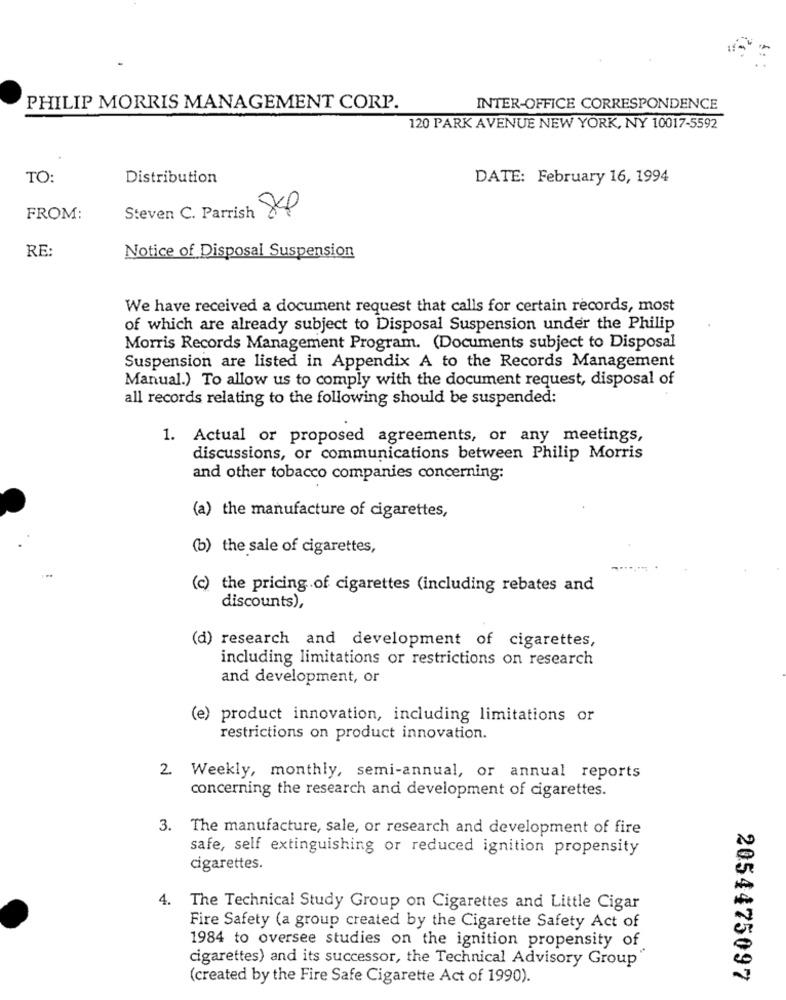
PHILIP MORRIS MANAGEMENT CORP.
INTER-OFFICE CORRESPONDENCE
120 PARK AVENUE NEW YORK, NY 10017-5592
TO:
Distribution
DATE: February 16, 1994
FROM:
Steven C. Parrish SKP
RE:
Notice of Disposal Suspension
We have received a document request that calls for certain records, most
of which are already subject to Disposal Suspension under the Philip
Morris Records Management Program. (Documents subject to Disposal
Suspension are listed in Appendix A to the Records Management
Manual.) To allow us to comply with the document request, disposal of
all records relating to the following should be suspended:
1. Actual or proposed agreements, or any meetings,
discussions, or communications between Philip Morris
and other tobacco companies concerning:
(a) the manufacture of cigarettes,
(b) the sale of cigarettes,
(c) the pricing of cigarettes (including rebates and
discounts),
(d) research and development of cigarettes,
including limitations or restrictions on research
and development, or
(e) product innovation, including limitations or
restrictions on product innovation.
2. Weekly, monthly, semi-annual, or annual reports
concerning the research and development of cigarettes.
3. The manufacture, sale, or research and development of fire
safe, self extinguishing or reduced ignition propensity
cigarettes.
4.
The Technical Study Group on Cigarettes and Little Cigar
Fire Safety (a group created by the Cigarette Safety Act of
1984 to oversee studies on the ignition propensity of
cigarettes) and its successor, the Technical Advisory Group
(created by the Fire Safe Cigarette Act of 1990).
2054475097